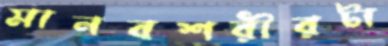
মানবশরীরটা